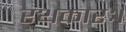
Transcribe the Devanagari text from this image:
रथकारः।